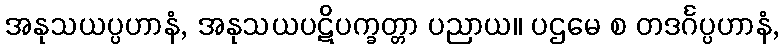
အနုသယပ္ပဟာနံ, အနုသယပဋိပက္ခတ္တာ ပညာယ။ ပဌမေ စ တဒင်္ဂပ္ပဟာနံ,